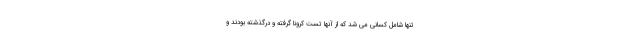
تنها شامل کسانی می شد که از آنها تست کرونا گرفته و درگذشته بودند و